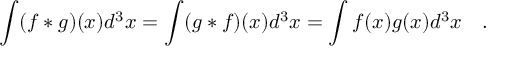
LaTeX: \int ( f * g ) ( x ) d ^ { 3 } x = \int ( g * f ) ( x ) d ^ { 3 } x = \int f ( x ) g ( x ) d ^ { 3 } x ~ ~ ~ .